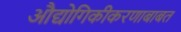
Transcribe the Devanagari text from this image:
औद्योगिकीकरणाबाबत